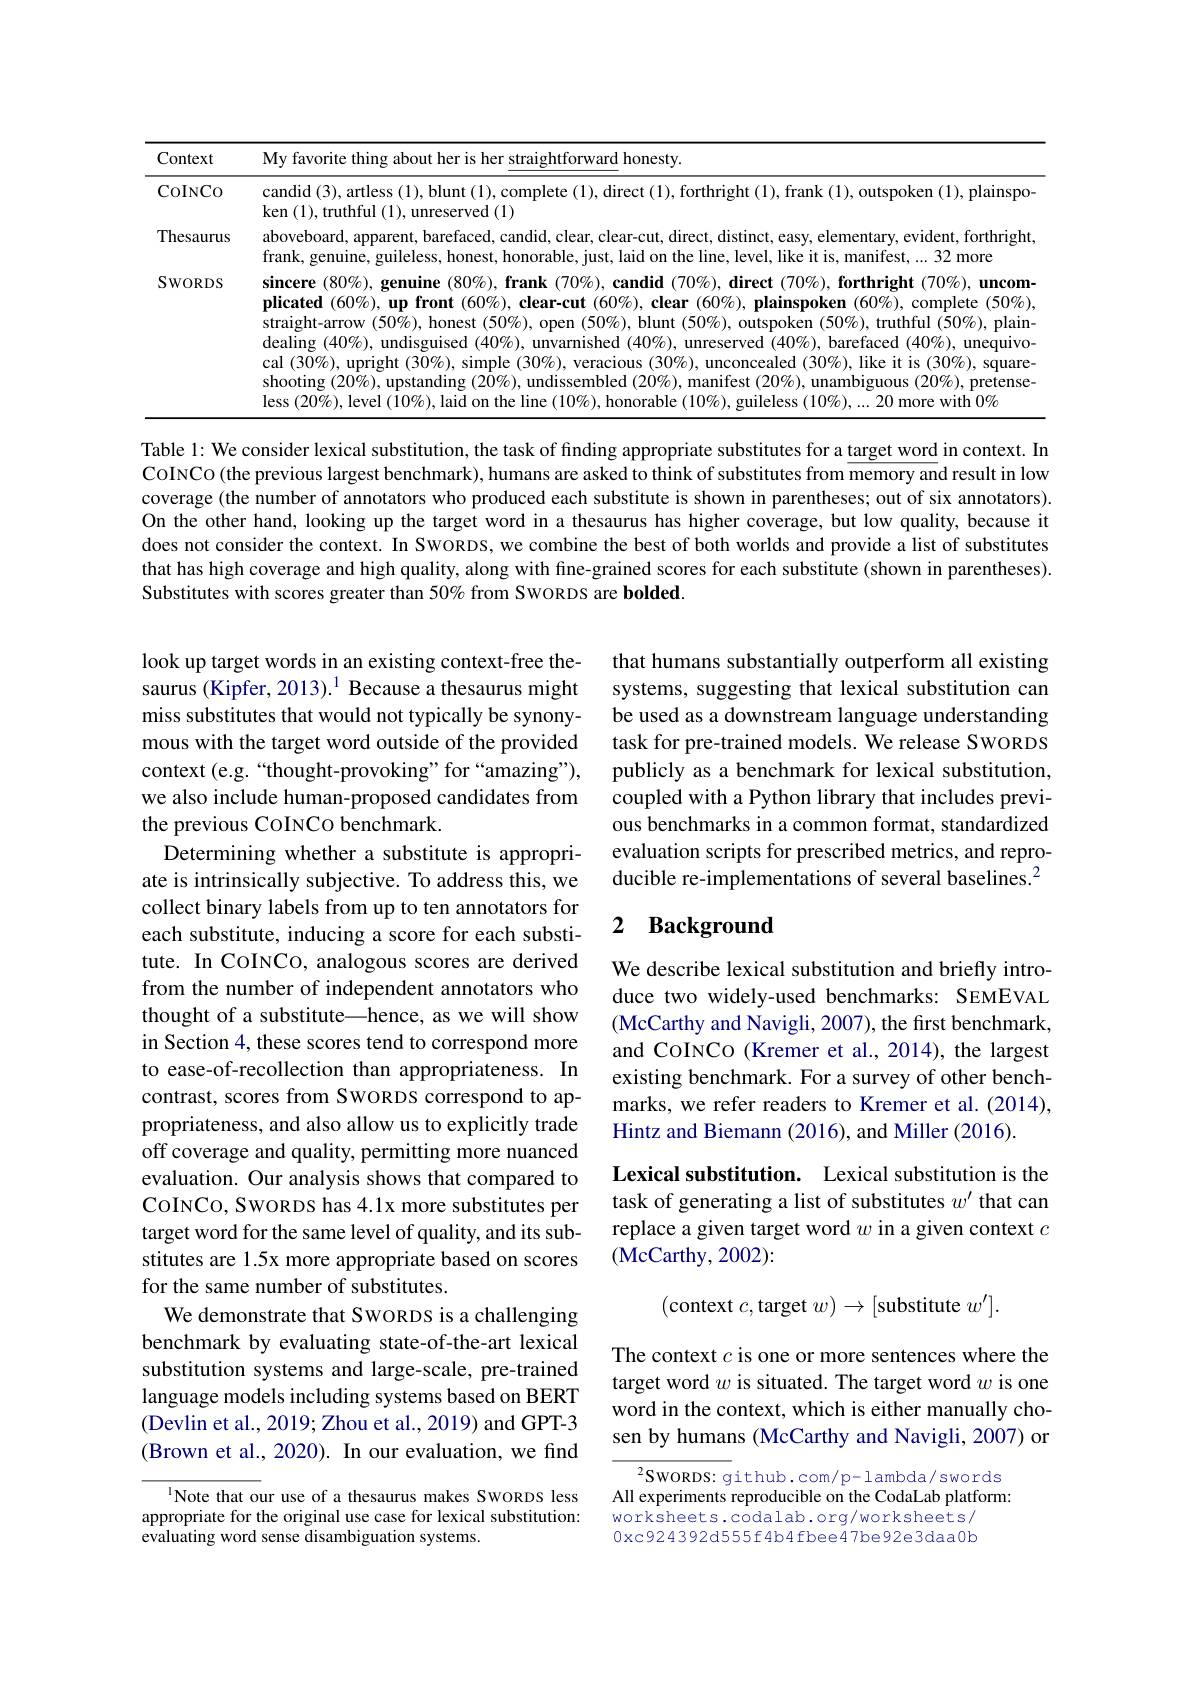
<table>
	<tbody>
		<tr>
			<th>Context</th>
			<th>My favorite thing about her is her straightforward honesty</th>
		</tr>
		<tr>
			<td>CoINCo</td>
			<td>$\operatorname{candid}(3),\operatorname{artless}(1),\operatorname{blunt}(1),\operatorname{candid}(3),\operatorname{artless}(1),\operatorname{blunt}(1),\operatorname{cond}(1)$ complete (1), direct (1), forthright (1), frank (1), outspoken (1), plainspo $\operatorname{ken}(1),\operatorname{truthful}$ (1)</td>
		</tr>
		<tr>
			<td>Thesaurus</td>
			<td>aboveboard, apparent, barefaced, candid, clear, clear-cut, direct, distinct, e easy, elementary, evident, forthright, frank, ,genuine, guileless, $s$,honest, ${\mathrm{,~honorable,}}$ $\int$ust, laid $0n$ $\textbf{the}\log$ like $\Xi$ it is, ${\mathrm{,manifest,}}$ 32 $\because$more</td>
		</tr>
		<tr>
			<td>SWORDS</td>
			<td>$\textbf{sincere }( 80\% ) , \textbf{genuine }( 80\% ) , \textbf{frank }( 70\% ) , \textbf{candid }( 70\% ) , \textbf{direct }( 70\% ) , \textbf{forthright }( 70\% ) , \textbf{uncom}$ plicated $( 60\% ) , \textbf{up front }( 60\% ) , \textbf{ clear- cut }( 60\% ) , \textbf{ clear }( 60\% ) , \textbf{ plainspoken }( 60\% ) $, complete $(50\%)$ straight-arrow $(50\%)$, honest $(50\%)$, open $(50\%)$, blunt $(50\%)$, outspoken $(50\%)$, truthful $(50\%)$, plain dealing $(40\%)$, undisguised $(40\%)$, unvarnished $(40\%)$, unreserved $(40\%)$, barefaced $(40\%)$, unequivo cal $(30\%)$, upright $(30\%)$, simple $(30\%)$, veracious $(30\%)$, unconcealed $(30\%)$, like it is $(30\%)$, square shooting $(20\%)$,upstanding $(2\dot{0}\%)$,undissembled $(20\%)$, manifest $(20\%)$, unambiguous $(20\%)$, pretense less $(20\%)$, level $(10\%)$,laid on the line $(10\%)$, honorable $(10\%)$, guileless $(10\%),...$ .20 more with $0\%$</td>
		</tr>
	</tbody>
</table>

Table 1: We consider lexical substitution, the task of finding appropriate substitutes for a target word in context. In CoINCo(the previous largest benchmark), humans are asked to think of substitutes from memory and result in low coverage (the number of annotators who produced each substitute is shown in parentheses; out of six annotators). On the other hand, looking up the target word in a thesaurus has higher coverage, but low quality, because it does not consider the context. In SWORDS, we combine the best of both worlds and provide a list of substitutes that has high coverage and high quality, along with fine-grained scores for each substitute (shown in parentheses). Substitutes with scores greater than 50% from SWORDS are bolded

that humans substantially outperform all existing systems, suggesting that lexical substitution can be used as a downstream language understanding task for pre-trained models. We release SwoRDS publicly as a benchmark for lexical substitution, coupled with a Python library that includes previous benchmarks in a common format, standardized evaluation scripts for prescribed metrics, and reproducible re-implementations of several baselines.$^{2}$

## 2 Background

We describe lexical substitution and briefly introduce two widely-used benchmarks: SEMEVAL (McCarthy and Navigli, 2007), the first benchmark, and COINCo (Kremer et al.,2014), the largest existing benchmark. For a survey of other benchmarks, we refer readers to Kremer et al. (2014), Hintz and Biemann (2016), and Miller (2016).

look up target words in an existing context-free thesaurus (Kipfer, 2013).$^{1}$ Because a thesaurus might miss substitutes that would not typically be synonymous with the target word outside of the provided context (e.g.“thought-provoking”for“amazing”), we also include human-proposed candidates from the previous CoINCo benchmark.
Determining whether a substitute is appropriate is intrinsically subjective. To address this, we collect binary labels from up to ten annotators for each substitute, inducing a score for each substitute. In CoINCO, analogous scores are derived from the number of independent annotators who thought of a substitute—hence, as we will show in Section 4, these scores tend to correspond more to ease-of-recollection than appropriateness. In contrast, scores from SwoRDS correspond to appropriateness, and also allow us to explicitly trade off coverage and quality, permitting more nuanced evaluation. Our analysis shows that compared to CoINCO, SWORDS has 4.1x more substitutes per target word for the same level of quality, and its substitutes are 1.5x more appropriate based on scores for the same number of substitutes.
We demonstrate that SWORDS is a challenging benchmark by evaluating state-of-the-art lexical substitution systems and large-scale, pre-trained language models including systems based on BERT (Devlin et al., 2019; Zhou et al., 2019) and GPT-3 (Brown et al., 2020). In our evaluation, we find
$^{1}$Note that our use of a thesaurus makes SWORDS less

Lexical substitution. Lexical substitution is the task of generating a list of substitutes $w^\prime$ that can replace a given target word $w$ in a given context $c$ (McCarthy, 2002):
$$(\text{context}\:c,\text{target}\:w)\to[\text{substitute}\:w'].$$
The context $c$ is one or more sentences where the target word $w$ is situated. The target word $w$ is one word in the context, which is either manually chosen by humans (McCarthy and Navigli, 2007) or

$^{2}$SWORDS: github.com/p-lambda/swords All experiments reproducible on the CodaLab platform: worksheets.codalab.org/worksheets/ 0xc924392d555f4b4 fbee47be92e3daa0b

appropriate for the original use case for lexical substitution:
evaluating word sense disambiguation systems.